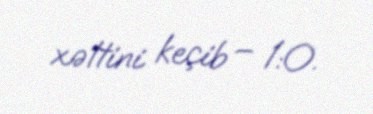
xəttini keçib – 1:0.